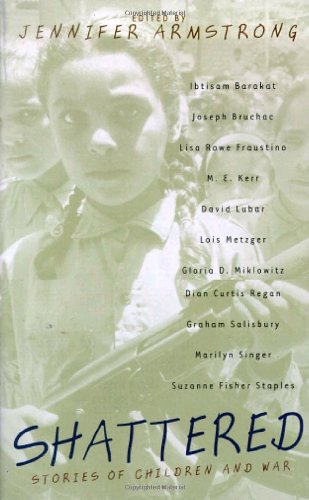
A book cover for Shattered: Stories of Children and War; Jennifer Armstrong; Teen & Young Adult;